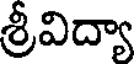
శ్రీవిద్యా